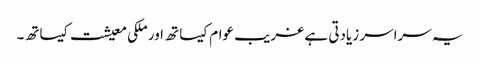
یہ سراسر زیادتی ہے غریب عوام کیساتھ اور ملکی معیشت کیساتھ۔